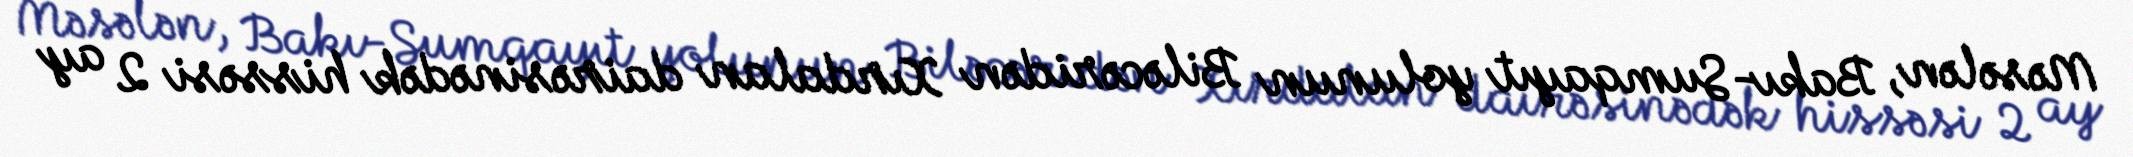
Məsələn, Bakı-Sumqayıt yolunun Biləcəridən Xırdalan dairəsinədək hissəsi 2 ay